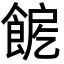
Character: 𩛪